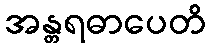
အန္တရဓာပေတိ